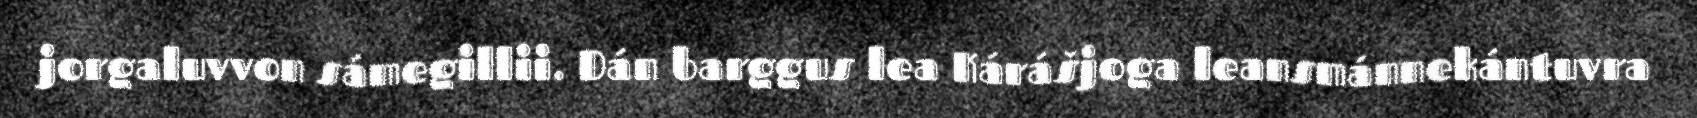
jorgaluvvon sámegillii. Dán barggus lea Kárášjoga leansmánnekántuvra